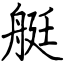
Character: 艇